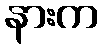
နားက